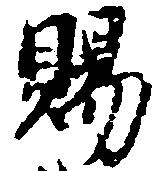
賜